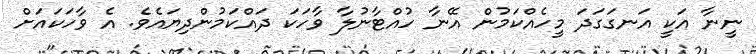
ނީނާ އަކީ އަނގަގަދަ މީހެއްކަމުން އޭނާ ހުއްޓާނުލާ ވާހަކަ ދައްކަމުންދިޔައެވެ. އެ ވާހަކައަށް